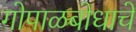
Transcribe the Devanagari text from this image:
गोपाळबोधाचे